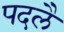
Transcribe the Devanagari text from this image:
पदलै